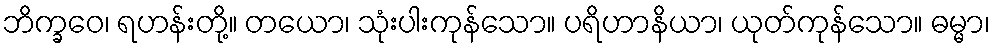
ဘိက္ခဝေ၊ ရဟန်းတို့။ တယော၊ သုံးပါးကုန်သော။ ပရိဟာနိယာ၊ ယုတ်ကုန်သော။ ဓမ္မာ၊